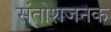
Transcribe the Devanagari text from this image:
संतोशजनक